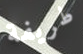
طريفة